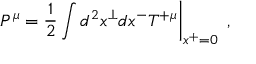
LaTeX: \left. P ^ { \mu } = \frac { 1 } { 2 } \int d ^ { 2 } x ^ { \perp } d x ^ { - } { \cal T } ^ { + \mu } \right| _ { x ^ { + } = 0 } \; ,